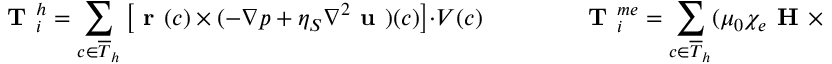
\textbf { T } _ { i } ^ { h } = \sum _ { c \in \overline { { T } } _ { h } } \left[ \textbf { r } ( c ) \times ( - \nabla p + \eta _ { S } \nabla ^ { 2 } \textbf { u } ) ( c ) \right] \cdot V ( c ) \qquad \qquad \textbf { T } _ { i } ^ { m e } = \sum _ { c \in \overline { { T } } _ { h } } ( \mu _ { 0 } \chi _ { e } \textbf { H } \times \textbf { H } ) ( c ) \cdot V ( c )